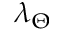
\lambda _ { \Theta }